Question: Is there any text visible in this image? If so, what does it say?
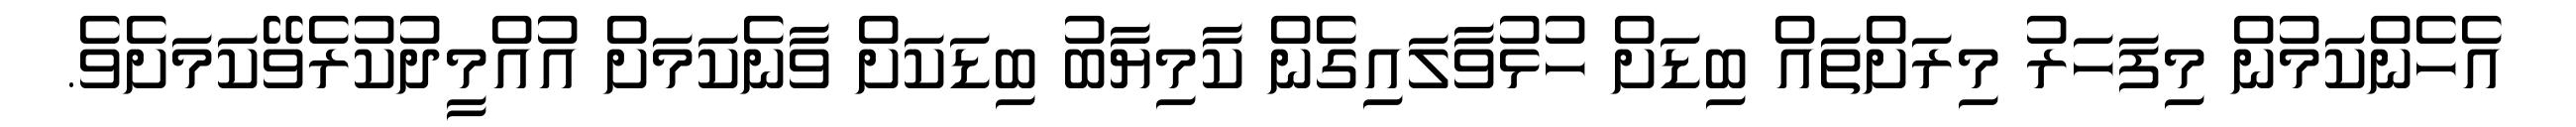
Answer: އެހެންކަމުން މިފަހަރު މިރަށްތައް ބިޑަށް ހުޅުވާލައިގެން ކާމިޔާބު ބިޑަކަށް ވާނެކަމަށް އުއްމީދުކުރެވޭކަމަށެވެ.